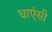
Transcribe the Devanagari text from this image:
धाएंसी